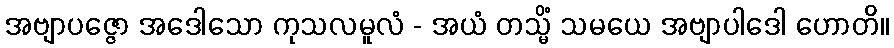
အဗျာပဇ္ဇော အဒေါသော ကုသလမူလံ - အယံ တသ္မိံ သမယေ အဗျာပါဒေါ ဟောတိ။